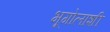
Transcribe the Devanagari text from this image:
भूगोलाशी